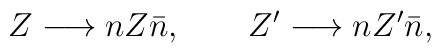
Z \longrightarrow nZ\bar{n},~~~~~~Z' \longrightarrow nZ'\bar{n},